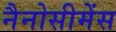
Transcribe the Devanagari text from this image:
नैनोसीमेंस